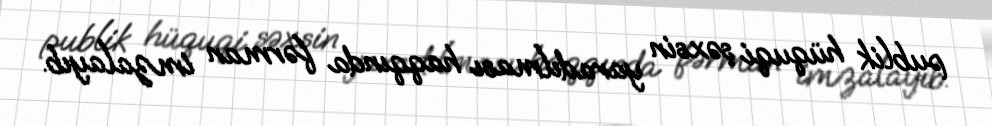
publik hüquqi şəxsin yaradılması haqqında fərman imzalayıb.